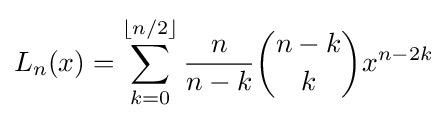
L_{n}(x)=\sum _{k=0}^{\lfloor n/2\rfloor }{\frac {n}{n-k}}{\binom {n-k}{k}}x^{n-2k}